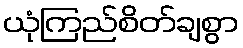
ယုံကြည်စိတ်ချစွာ